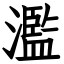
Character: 濫